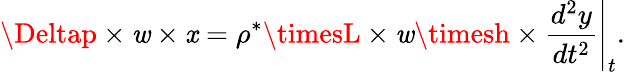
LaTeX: \Deltap\times\mathit{w}\times\mathit{x}=\rho^{*}\timesL\times\mathit{w}\timesh\times\frac{{d^{2}y}}{{dt^{2}}}\Bigg\rvert_{t}.